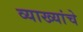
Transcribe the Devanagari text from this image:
व्याख्यांचे